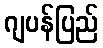
ဂျပန်ပြည်